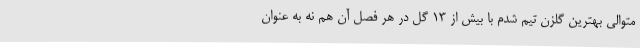
متوالی بهترین گلزن تیم شدم با بیش از 13 گل در هر فصل آن هم نه به عنوان